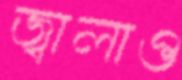
জ্বালাও